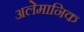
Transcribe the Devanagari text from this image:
अलेमानिक